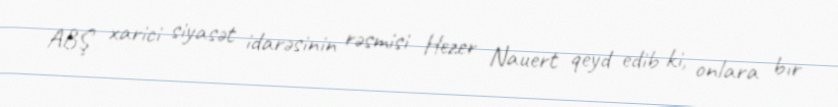
ABŞ xarici siyasət idarəsinin rəsmisi Hezer Nauert qeyd edib ki, onlara bır